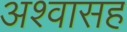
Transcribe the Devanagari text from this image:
अश्वासह